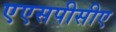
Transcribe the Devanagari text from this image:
एएसपीसीए